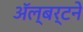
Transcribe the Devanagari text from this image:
ॲल्बर्टने